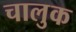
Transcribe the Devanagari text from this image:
चालुक